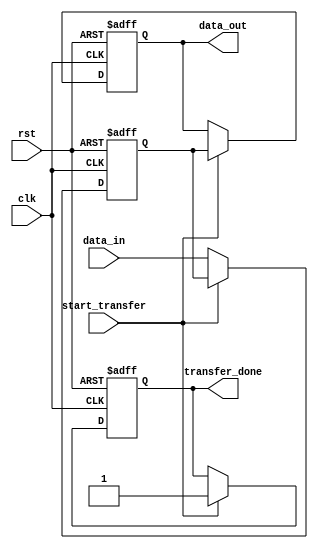
module ethernet_controller (
  input wire clk,
  input wire rst,
  input wire start_transfer,
  input wire [7:0] data_in,
  output reg [7:0] data_out,
  output reg transfer_done
);

reg [7:0] internal_data;

always @ (posedge clk or posedge rst) begin
  if (rst) begin
    internal_data <= 8'd0;
    data_out <= 8'd0;
    transfer_done <= 1'b0;
  end else begin
    if (start_transfer) begin
      data_out <= internal_data;
      transfer_done <= 1'b1;
    end else begin
      internal_data <= data_in;
    end
  end
end

endmodule